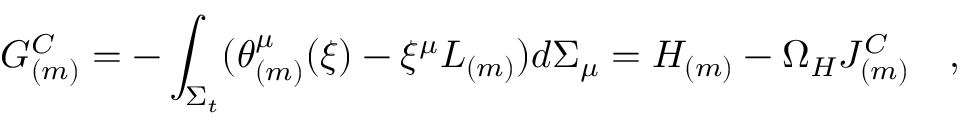
{ \cal G } _ { ( m ) } ^ { C } = - \int _ { \Sigma _ { t } } ( \theta _ { ( m ) } ^ { \mu } ( \xi ) - \xi ^ { \mu } L _ { ( m ) } ) d \Sigma _ { \mu } = { \cal H } _ { ( m ) } - \Omega _ { H } { \cal J } _ { ( m ) } ^ { C } ~ ~ ~ ,